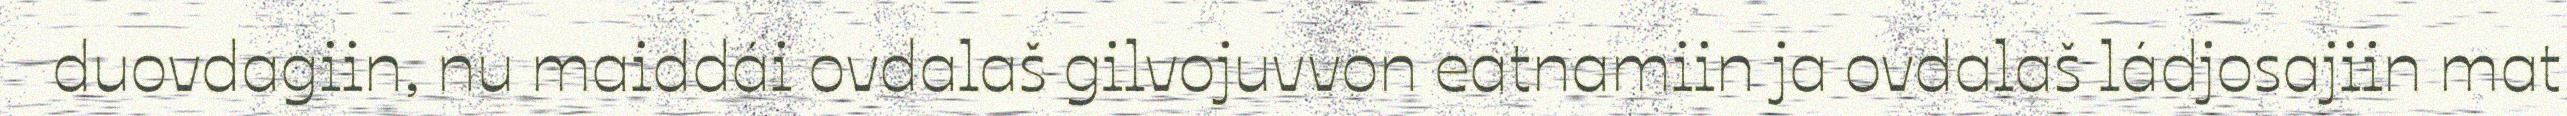
duovdagiin, nu maiddái ovdalaš gilvojuvvon eatnamiin ja ovdalaš ládjosajiin mat